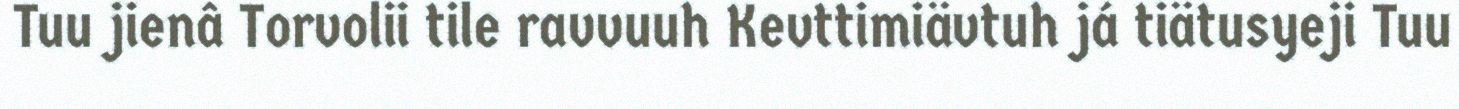
Tuu jienâ Torvolii tile ravvuuh Kevttimiävtuh já tiätusyeji Tuu